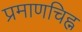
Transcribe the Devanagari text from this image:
प्रमाणचिह्न